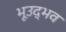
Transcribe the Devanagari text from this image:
भूउद्भव